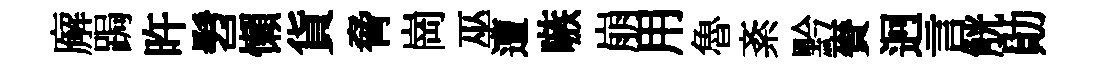
廨跼旿髫懶貨脅崗巫遭嗾崩用魯紊黔賚迥言觥勛